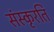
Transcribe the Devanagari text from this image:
संस्कृरति